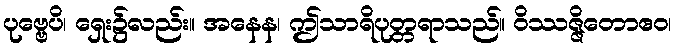
ပုဗ္ဗေပိ၊ ရှေး၌လည်း။ အနေန၊ ဤသာရိပုတ္တရာသည်။ ဝိဿဇ္ဇိတောဧဝ၊